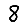
Digit: 8